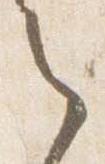
之